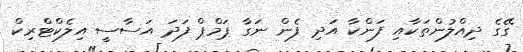
ގޭގެ ދިއްލުންތަކާއި ފަންކާ އަދި ފެން ނަގާ ޕަމްޕް ފަދަ އަސާސީ އިލެކްޓްރިކް